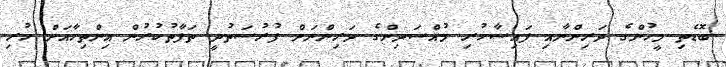
ބޮޑެތި މީހުންގެ ދަރިންނާއި ފައިސާހުރި މުއްސަދިންގެ ދަރިންނަށް ފުރުސަތުދީ ތަފާތުކުރުން އިންތިހާއަށް ހުރި